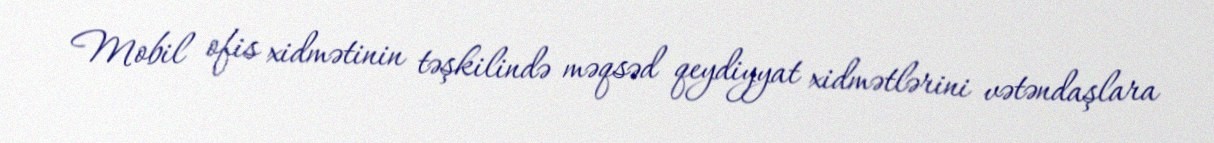
Mobil ofis xidmətinin təşkilində məqsəd qeydiyyat xidmətlərini vətəndaşlara